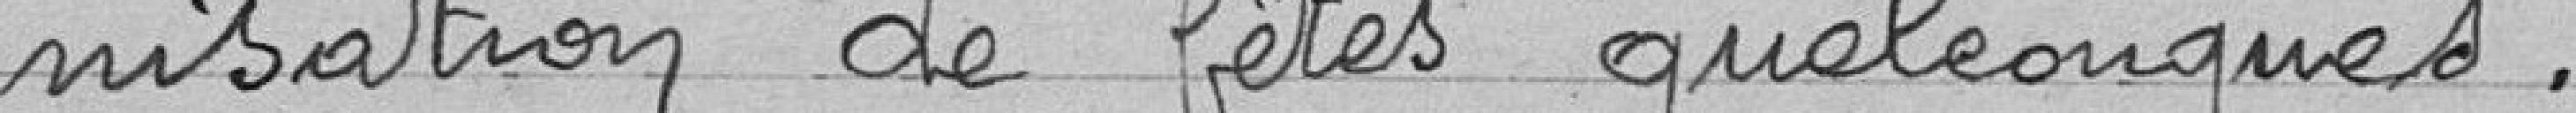
nisation de fêtes quelconques.